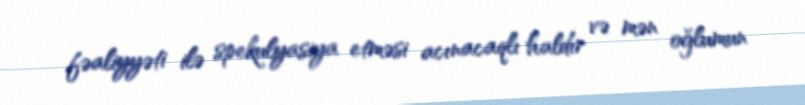
fəaliyyəti ilə spekulyasiya etməsi acınacaqlı haldır və mən oğlumun